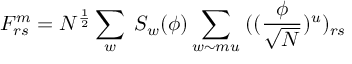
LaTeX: F _ { r s } ^ { m } = N ^ { \frac { 1 } { 2 } } \sum _ { w } \; S _ { w } ( \phi ) \sum _ { w \sim m u } \; ( ( \frac { \phi } { \sqrt N } ) ^ { u } ) _ { r s }